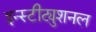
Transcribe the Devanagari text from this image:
इन्स्टीट्युशनल